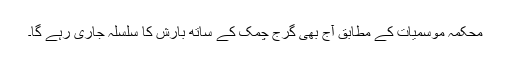
محکمہ موسمیات کے مطابق آج بھی گرج چمک کے ساتھ بارش کا سلسلہ جاری رہے گا۔